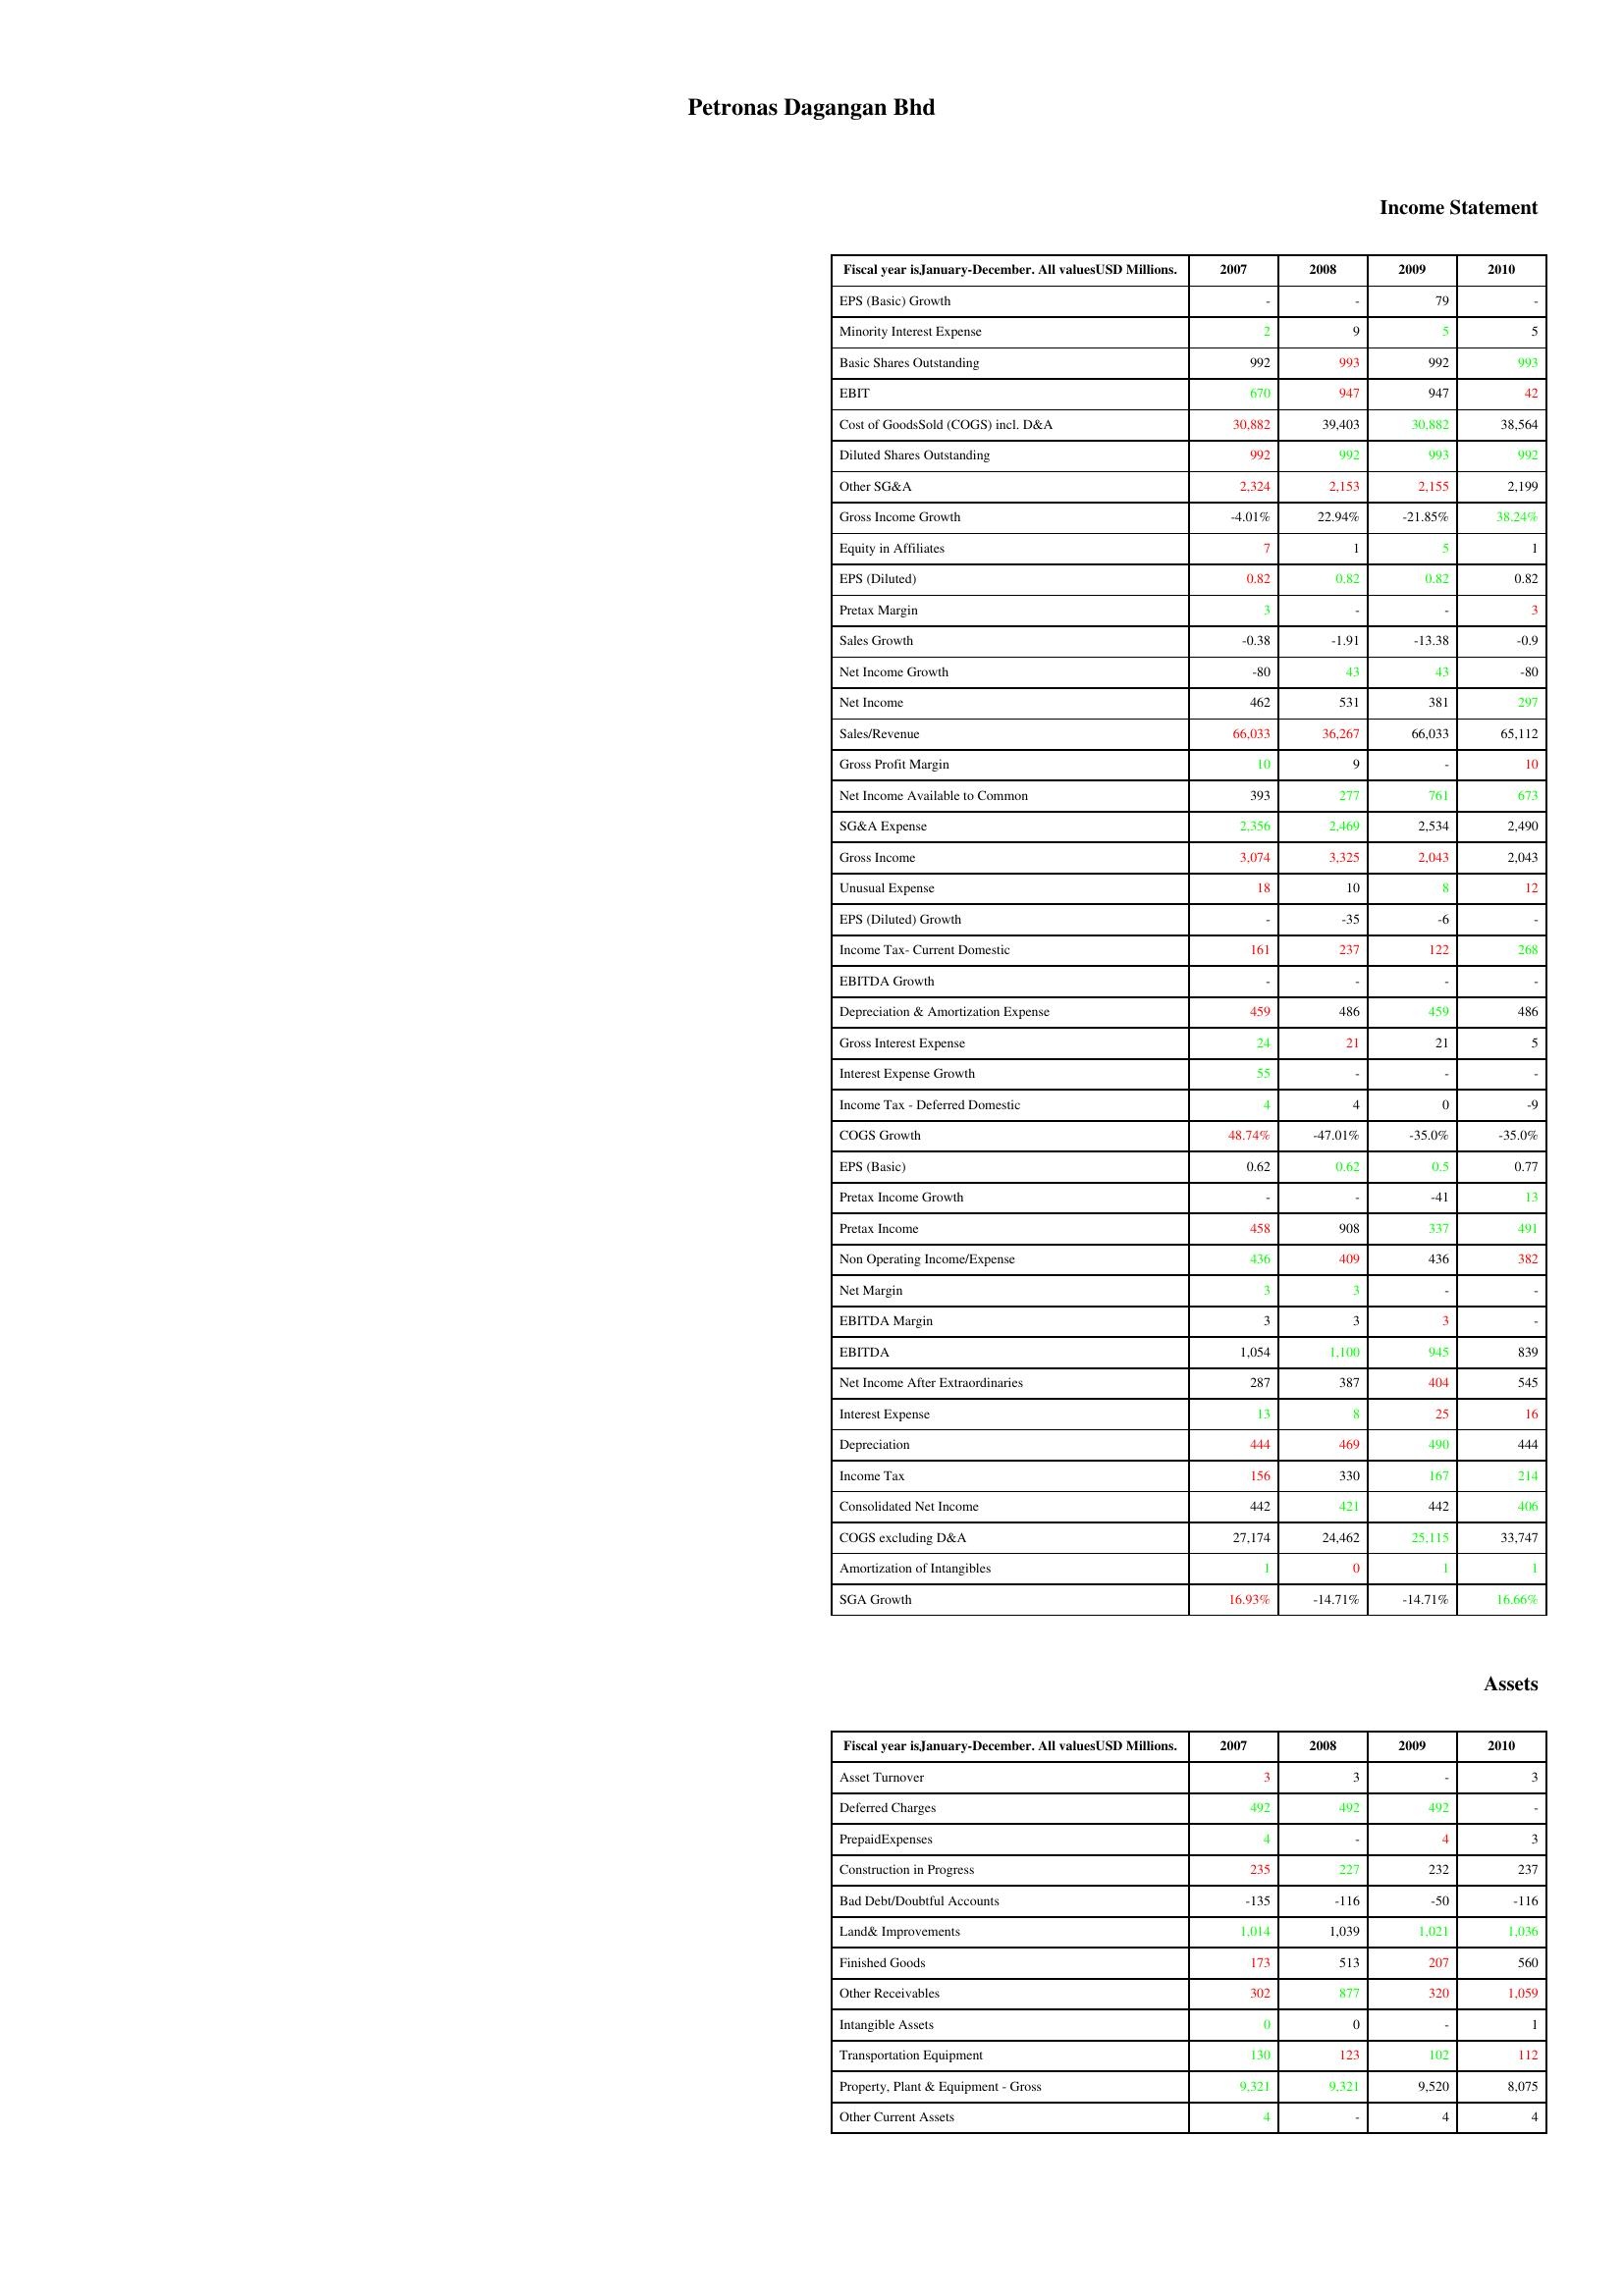
gt_parse: 2007: Income Statement: EPS (Basic) Growth: -
Minority Interest Expense: 2
Basic Shares Outstanding: 992
EBIT: 670
Cost of GoodsSold (COGS) incl. D&A: 30,882
Diluted Shares Outstanding: 992
Other SG&A: 2,324
Gross Income Growth: -4.01%
Equity in Affiliates: 7
EPS (Diluted): 0.82
Pretax Margin: 3
Sales Growth: -0.38
Net Income Growth: -80
Net Income: 462
Sales/Revenue: 66,033
Gross Profit Margin: 10
Net Income Available to Common: 393
SG&A Expense: 2,356
Gross Income: 3,074
Unusual Expense: 18
EPS (Diluted) Growth: -
Income Tax- Current Domestic: 161
EBITDA Growth: -
Depreciation & Amortization Expense: 459
Gross Interest Expense: 24
Interest Expense Growth: 55
Income Tax - Deferred Domestic: 4
COGS Growth: 48.74%
EPS (Basic): 0.62
Pretax Income Growth: -
Pretax Income: 458
Non Operating Income/Expense: 436
Net Margin: 3
EBITDA Margin: 3
EBITDA: 1,054
Net Income After Extraordinaries: 287
Interest Expense: 13
Depreciation: 444
Income Tax: 156
Consolidated Net Income: 442
COGS excluding D&A: 27,174
Amortization of Intangibles: 1
SGA Growth: 16.93%
Assets: Asset Turnover: 3
Deferred Charges: 492
PrepaidExpenses: 4
Construction in Progress: 235
Bad Debt/Doubtful Accounts: -135
Land& Improvements: 1,014
Finished Goods: 173
Other Receivables: 302
Intangible Assets: 0
Transportation Equipment: 130
Property, Plant & Equipment - Gross : 9,321
Other Current Assets: 4
2008: Income Statement: EPS (Basic) Growth: -
Minority Interest Expense: 9
Basic Shares Outstanding: 993
EBIT: 947
Cost of GoodsSold (COGS) incl. D&A: 39,403
Diluted Shares Outstanding: 992
Other SG&A: 2,153
Gross Income Growth: 22.94%
Equity in Affiliates: 1
EPS (Diluted): 0.82
Pretax Margin: -
Sales Growth: -1.91
Net Income Growth: 43
Net Income: 531
Sales/Revenue: 36,267
Gross Profit Margin: 9
Net Income Available to Common: 277
SG&A Expense: 2,469
Gross Income: 3,325
Unusual Expense: 10
EPS (Diluted) Growth: -35
Income Tax- Current Domestic: 237
EBITDA Growth: -
Depreciation & Amortization Expense: 486
Gross Interest Expense: 21
Interest Expense Growth: -
Income Tax - Deferred Domestic: 4
COGS Growth: -47.01%
EPS (Basic): 0.62
Pretax Income Growth: -
Pretax Income: 908
Non Operating Income/Expense: 409
Net Margin: 3
EBITDA Margin: 3
EBITDA: 1,100
Net Income After Extraordinaries: 387
Interest Expense: 8
Depreciation: 469
Income Tax: 330
Consolidated Net Income: 421
COGS excluding D&A: 24,462
Amortization of Intangibles: 0
SGA Growth: -14.71%
Assets: Asset Turnover: 3
Deferred Charges: 492
PrepaidExpenses: -
Construction in Progress: 227
Bad Debt/Doubtful Accounts: -116
Land& Improvements: 1,039
Finished Goods: 513
Other Receivables: 877
Intangible Assets: 0
Transportation Equipment: 123
Property, Plant & Equipment - Gross : 9,321
Other Current Assets: -
2009: Income Statement: EPS (Basic) Growth: 79
Minority Interest Expense: 5
Basic Shares Outstanding: 992
EBIT: 947
Cost of GoodsSold (COGS) incl. D&A: 30,882
Diluted Shares Outstanding: 993
Other SG&A: 2,155
Gross Income Growth: -21.85%
Equity in Affiliates: 5
EPS (Diluted): 0.82
Pretax Margin: -
Sales Growth: -13.38
Net Income Growth: 43
Net Income: 381
Sales/Revenue: 66,033
Gross Profit Margin: -
Net Income Available to Common: 761
SG&A Expense: 2,534
Gross Income: 2,043
Unusual Expense: 8
EPS (Diluted) Growth: -6
Income Tax- Current Domestic: 122
EBITDA Growth: -
Depreciation & Amortization Expense: 459
Gross Interest Expense: 21
Interest Expense Growth: -
Income Tax - Deferred Domestic: 0
COGS Growth: -35.0%
EPS (Basic): 0.5
Pretax Income Growth: -41
Pretax Income: 337
Non Operating Income/Expense: 436
Net Margin: -
EBITDA Margin: 3
EBITDA: 945
Net Income After Extraordinaries: 404
Interest Expense: 25
Depreciation: 490
Income Tax: 167
Consolidated Net Income: 442
COGS excluding D&A: 25,115
Amortization of Intangibles: 1
SGA Growth: -14.71%
Assets: Asset Turnover: -
Deferred Charges: 492
PrepaidExpenses: 4
Construction in Progress: 232
Bad Debt/Doubtful Accounts: -50
Land& Improvements: 1,021
Finished Goods: 207
Other Receivables: 320
Intangible Assets: -
Transportation Equipment: 102
Property, Plant & Equipment - Gross : 9,520
Other Current Assets: 4
2010: Income Statement: EPS (Basic) Growth: -
Minority Interest Expense: 5
Basic Shares Outstanding: 993
EBIT: 42
Cost of GoodsSold (COGS) incl. D&A: 38,564
Diluted Shares Outstanding: 992
Other SG&A: 2,199
Gross Income Growth: 38.24%
Equity in Affiliates: 1
EPS (Diluted): 0.82
Pretax Margin: 3
Sales Growth: -0.9
Net Income Growth: -80
Net Income: 297
Sales/Revenue: 65,112
Gross Profit Margin: 10
Net Income Available to Common: 673
SG&A Expense: 2,490
Gross Income: 2,043
Unusual Expense: 12
EPS (Diluted) Growth: -
Income Tax- Current Domestic: 268
EBITDA Growth: -
Depreciation & Amortization Expense: 486
Gross Interest Expense: 5
Interest Expense Growth: -
Income Tax - Deferred Domestic: -9
COGS Growth: -35.0%
EPS (Basic): 0.77
Pretax Income Growth: 13
Pretax Income: 491
Non Operating Income/Expense: 382
Net Margin: -
EBITDA Margin: -
EBITDA: 839
Net Income After Extraordinaries: 545
Interest Expense: 16
Depreciation: 444
Income Tax: 214
Consolidated Net Income: 406
COGS excluding D&A: 33,747
Amortization of Intangibles: 1
SGA Growth: 16.66%
Assets: Asset Turnover: 3
Deferred Charges: -
PrepaidExpenses: 3
Construction in Progress: 237
Bad Debt/Doubtful Accounts: -116
Land& Improvements: 1,036
Finished Goods: 560
Other Receivables: 1,059
Intangible Assets: 1
Transportation Equipment: 112
Property, Plant & Equipment - Gross : 8,075
Other Current Assets: 4